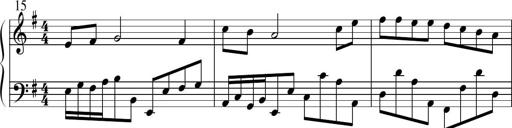
Title: Sonatine No.1 in E minor
Composer: Klaus Jung
Key: E minor